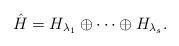
LaTeX: \begin{align*}\hat H=H_{\lambda_1}\oplus\cdots\oplus H_{\lambda_s}.\end{align*}